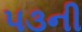
૫૩ની